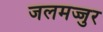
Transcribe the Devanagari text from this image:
जलमज्जुर